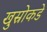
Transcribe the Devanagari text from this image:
खुस्रोकडे